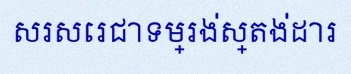
សរសេរជាទម្រង់ស្តង់ដារ